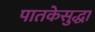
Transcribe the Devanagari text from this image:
पातकेसुद्धा